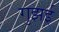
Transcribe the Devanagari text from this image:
गुझई